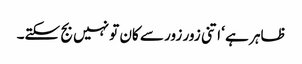
ظاہر ہے ‘ اتنی زور زور سے کان تو نہیں بج سکتے۔